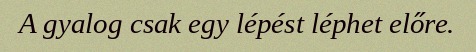
A gyalog csak egy lépést léphet előre.